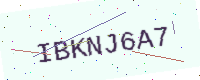
Text: IBKNJ6A7